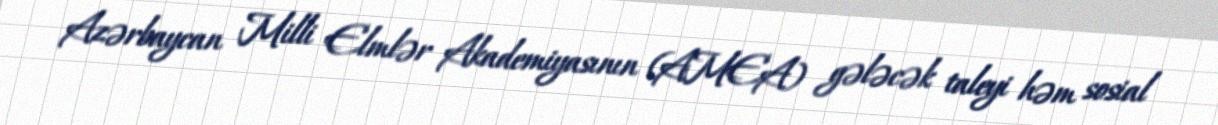
Azərbaycan Milli Elmlər Akademiyasının (AMEA) gələcək taleyi həm sosial